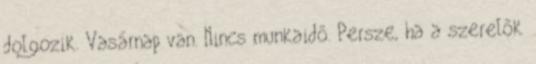
dolgozik. Vasárnap van. Nincs munkaidő. Persze, ha a szerelők